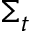
\Sigma _ { t }